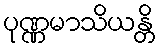
ပုဏ္ဏမာသိယန္တိ